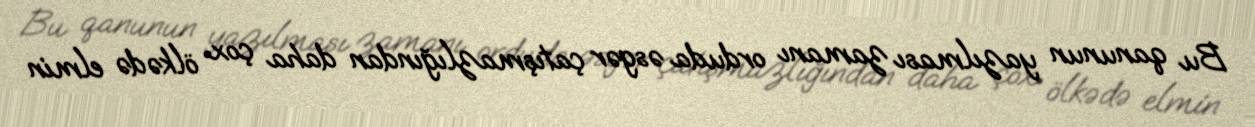
Bu qanunun yazılması zamanı orduda əsgər çatışmazlığından daha çox ölkədə elmin